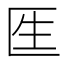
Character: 𠤵